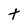
Character: t